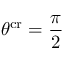
\theta ^ { \mathrm { c r } } = \frac \pi 2